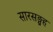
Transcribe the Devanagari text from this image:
सारसङ्ग्रह